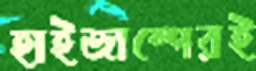
হাইজাম্পেরই